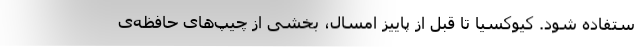
ستفاده شود. کیوکسیا تا قبل از پاییز امسال، بخشی از چیپ‌های حافظه‌ی